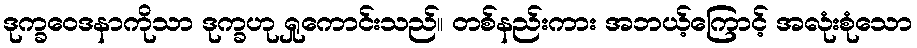
ဒုက္ခဝေဒနာကိုသာ ဒုက္ခဟု ရှုကောင်းသည်။ တစ်နည်းကား အဘယ့်ကြောင့် အလုံးစုံသော